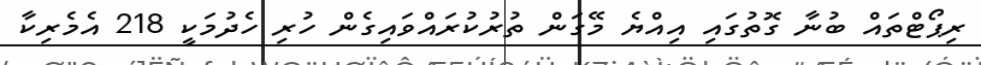
ރިޕޯޓްތައް ބުނާ ގޮތުގައި އިއްޔެ މޭގަން ތުރުކުރައްވައިގެން ހުރި ހެދުމަކީ 218 އެމެރިކާ